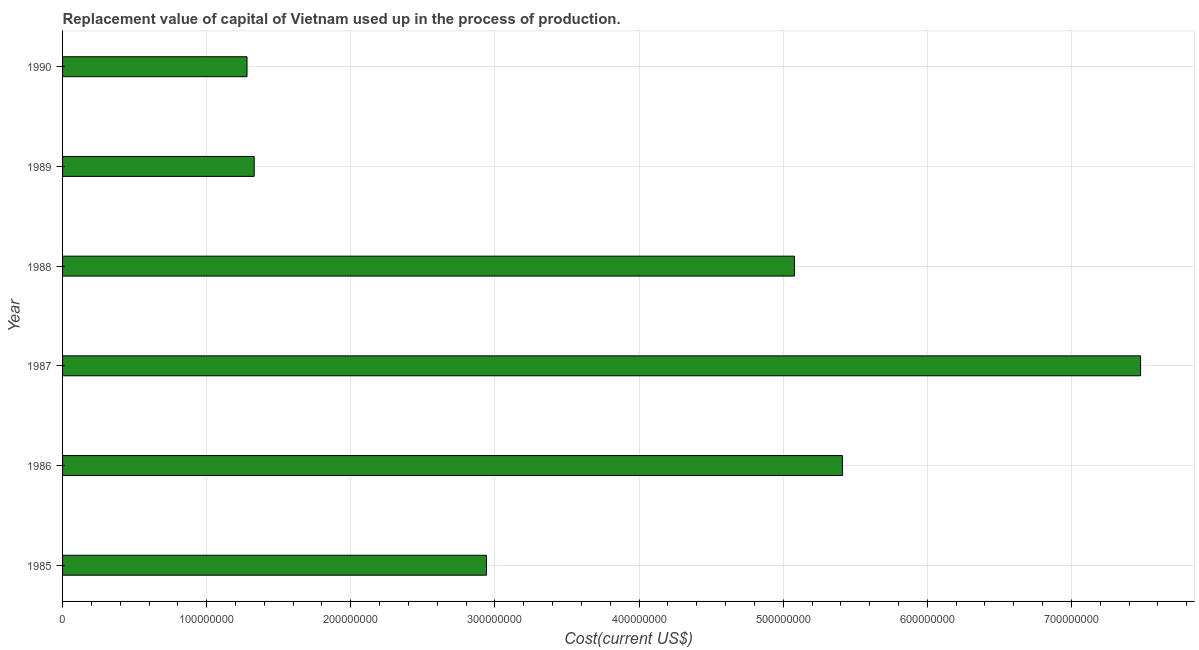
| Year | Consumption of fixed capital |
 | --- | --- |
 | 1985 | 2.94e+08 |
 | 1986 | 5.41e+08 |
 | 1987 | 7.48e+08 |
 | 1988 | 5.08e+08 |
 | 1989 | 1.33e+08 |
 | 1990 | 1.28e+08 |